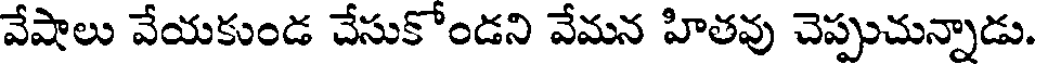
వేషాలు వేయకుండ చేసుకోండని వేమన హితవు చెప్పుచున్నాడు.